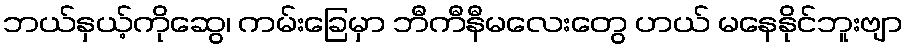
ဘယ်နှယ့်ကိုဆွေ၊ ကမ်းခြေမှာ ဘီကီနီမလေးတွေ ဟယ် မနေနိုင်ဘူးဗျာ